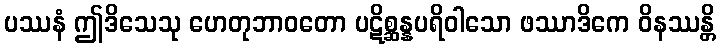
ပဿနံ ဤဒိသေသု ဟေတုဘာဝတော ပဋိစ္ဆန္နပရိဝါသော ဖဿာဒိကေ ဝိနဿန္တိ